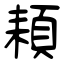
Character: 頛